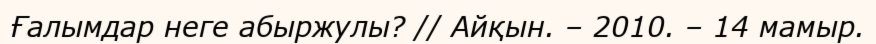
Ғалымдар неге абыржулы? // Айқын. – 2010. – 14 мамыр.